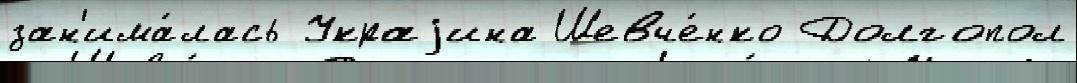
зан'има́лась Украjина Шевче́нко Долгопол